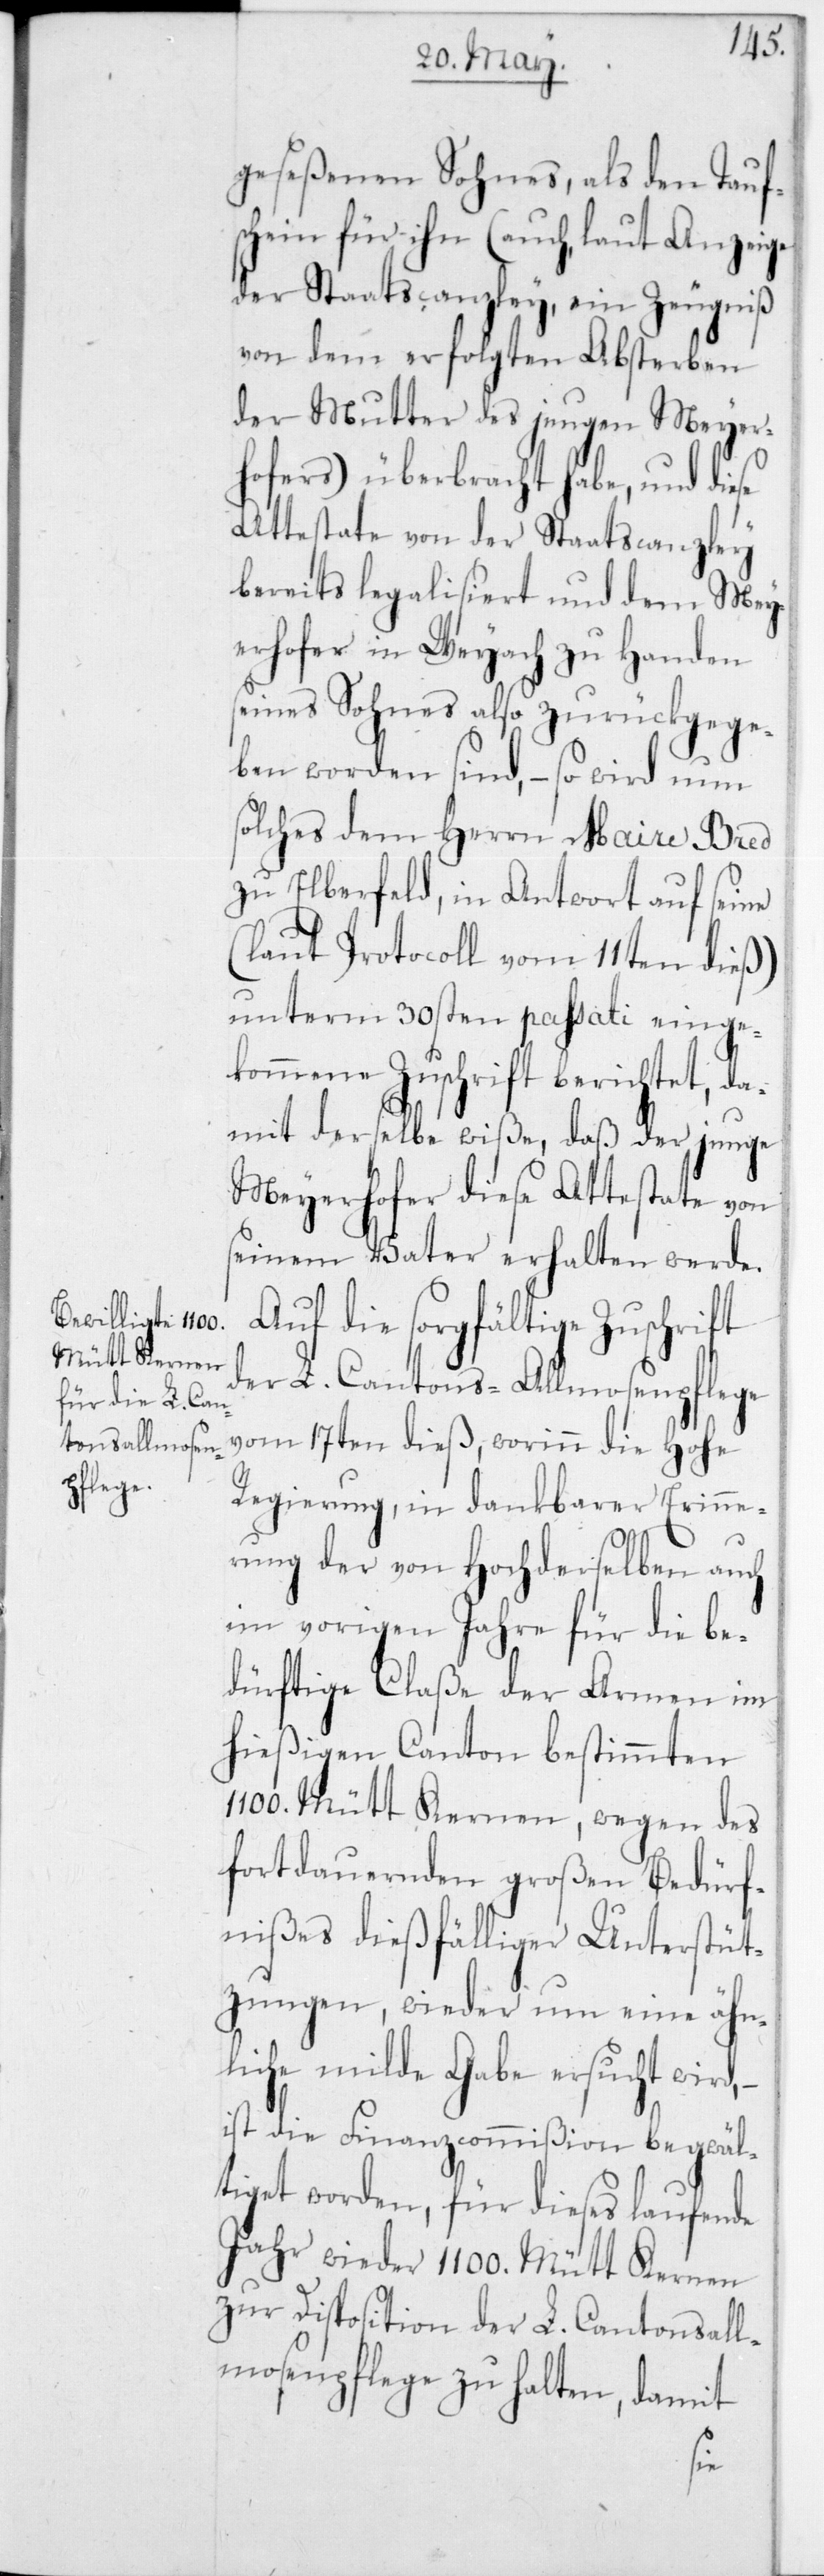
geseßenen Sohnes, als den Tauf¬
schein für ihn (auch laut Anzeige
der Staatscanzley, ein Zeugniß
von dem erfolgten Absterben
der Mutter des jungen Meyer¬
hofers) überbracht habe, und die¬
Attestate von der Staatscanzley
bereits legalisiert und dem Mey¬
erhofer in Weyach zu Handen
seines Sohnes also zurückgege¬
ben worden sind, – so wird nun
solches dem Herrn Maire Bred
zu Elberfeld, in Antwort auf seine
(laut Protocoll vom 11ten dieß)
unterm 30sten passati einge¬
kommene Zuschrift berichtet, da¬
mit derselbe wiße, daß der junge
Meyerhofer diese Attestate von
seinem Vater erhalten werde.
Auf die sorgfältige Zuschrift
der L. Cantons-Allmosenpflege
vom 17ten dieß, worinn die Hohe
Regierung, in dankbarer Erinne¬
rung der von hochderselben auch
im vorigen Jahre für die be¬
dürftige Claße der Armen im
hießigen Canton bestimmten
1100 Mütt Kernen, wegen des
fortdauernden großen Bedürf¬
nißes dießfälliger Unterstüt¬
zungen, wiederum eine ähn¬
liche milde Gabe ersucht wird,
ist die Finanzcommißion begwäl¬
tiget worden, für dieses laufende
Jahr wieder 1100 Mütt Kernen
zur Disposition der L. Cantonsall¬
mosenpflege zu halten, damit
se